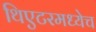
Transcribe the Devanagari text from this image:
थिएटरमध्येच